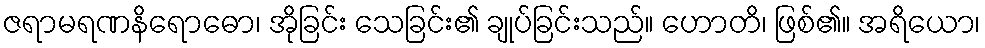
ဇရာမရဏနိရောဓော၊ အိုခြင်း သေခြင်း၏ ချုပ်ခြင်းသည်။ ဟောတိ၊ ဖြစ်၏။ အရိယော၊